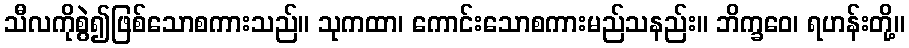
သီလကိုစွဲ၍ဖြစ်သောစကားသည်။ သုကထာ၊ ကောင်းသောစကားမည်သနည်း။ ဘိက္ခဝေ၊ ရဟန်းတို့။